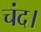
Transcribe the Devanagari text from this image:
चंद।